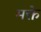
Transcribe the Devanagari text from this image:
मक्ते